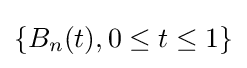
\{B_{n}(t),0\leq t\leq 1\}